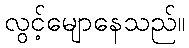
လွင့်မျောနေသည်။